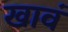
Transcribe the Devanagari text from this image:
खावं